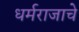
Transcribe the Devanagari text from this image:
धर्मराजाचे